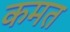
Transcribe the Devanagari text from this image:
कमत